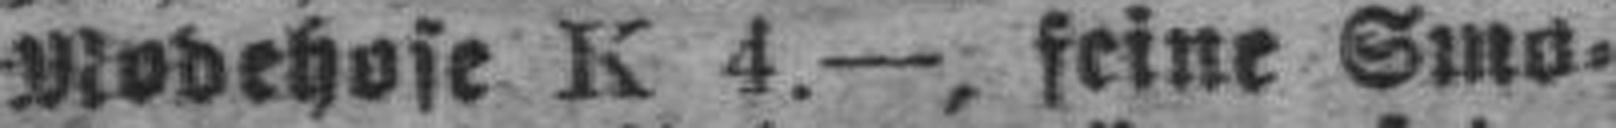
Modehose K 4.—, feine Smo¬